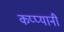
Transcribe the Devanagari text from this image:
कप्प्यानी